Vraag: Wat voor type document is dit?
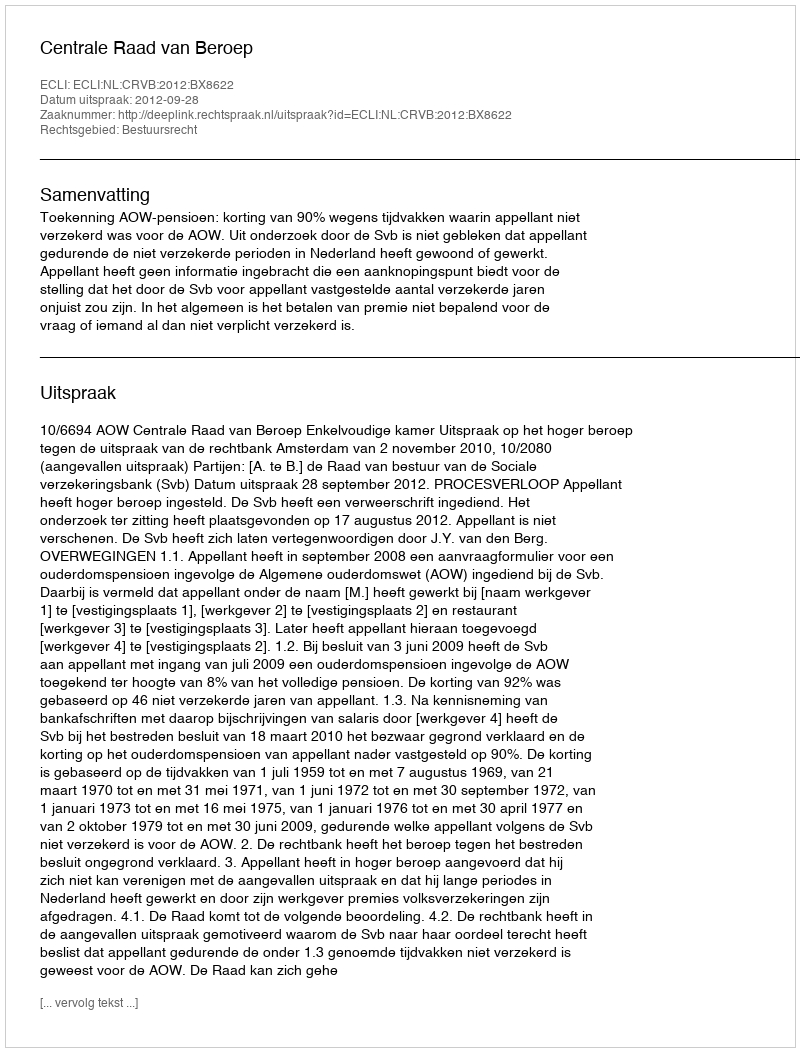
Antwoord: Uitspraak